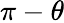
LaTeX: \pi-\theta